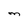
Character: M